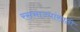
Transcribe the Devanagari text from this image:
रसभाज्यांसाठी